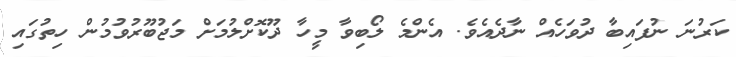
ކަރުނަ ނުފައިބާ ދުވަހެއް ނާދެއެވެ. އެންމެ ލޯބިވާ މީހާ ދޫކޮށްލުމަށް މަޖުބޫރުވުމުން ހިތުގައި